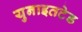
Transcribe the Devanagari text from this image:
युनाइतटेड